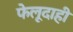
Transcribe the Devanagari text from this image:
फेलूदाही